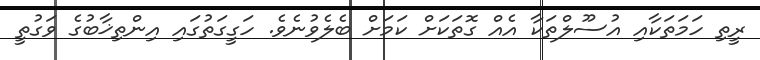
ރީތި ހަމަތަކާއި އުސޫލްތަކާ އެއް ގޮތަކަށް ކަމަށް ބެލެވުނެވެ. ހަގީގަތުގައި އިންތިޚާބުގެ ވަގުތީ